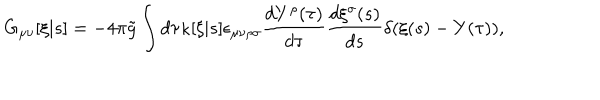
G _ { \mu \nu } [ \xi | s ] = - 4 \pi \tilde { g } \int d \tau \kappa [ \xi | s ] \epsilon _ { \mu \nu \rho \sigma } \frac { d Y ^ { \rho } ( \tau ) } { d \tau } \frac { d \xi ^ { \sigma } ( s ) } { d s } \delta ( \xi ( s ) - Y ( \tau ) ) ,